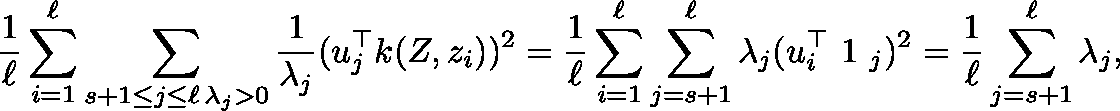
\frac 1 \ell \sum _ { i = 1 } ^ { \ell } \sum _ { \substack { s + 1 \le j \le \ell \, \lambda _ { j } > 0 } } \frac 1 { \lambda _ { j } } ( u _ { j } ^ { \top } k ( Z , z _ { i } ) ) ^ { 2 } = \frac 1 \ell \sum _ { i = 1 } ^ { \ell } \sum _ { j = s + 1 } ^ { \ell } \lambda _ { j } ( u _ { i } ^ { \top } { \mathrm { \boldmath ~ 1 ~ } } _ { j } ) ^ { 2 } = \frac 1 \ell \sum _ { j = s + 1 } ^ { \ell } \lambda _ { j } ,